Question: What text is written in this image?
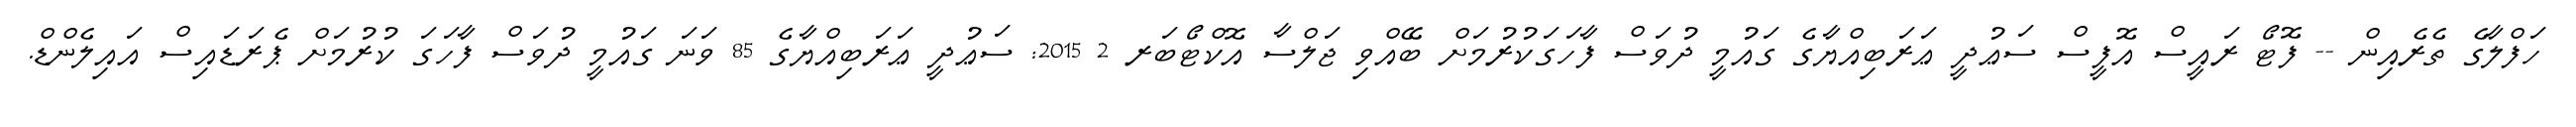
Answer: ހަފްލާގެ ތެރެއިން -- ފޮޓޯ ރައީސް އޮފީސް ސަޢުދީ ޢަރަބިއްޔާގެ ގައުމީ ދުވަސް ފާހަގަކުރުމަށް ބޭއްވި ޖަލްސާ އޮކްޓޯބަރ 2 2015: ސަޢުދީ ޢަރަބިއްޔާގެ 85 ވަނަ ގައުމީ ދުވަސް ފާހަގަ ކުރުމަށް ޕެރަޑައިސް އައިލެންޑް.